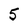
Character: 5